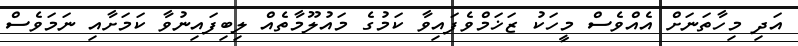
އަދި މިހާތަނަށް އެއްވެސް މީހަކު ޒަޚަމްވެފައިވާ ކަމުގެ މައުލޫމާތެއް ލިބިފައިނުވާ ކަމަށާއި ނަމަވެސް